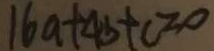
1 6 a + 4 b + c = 0